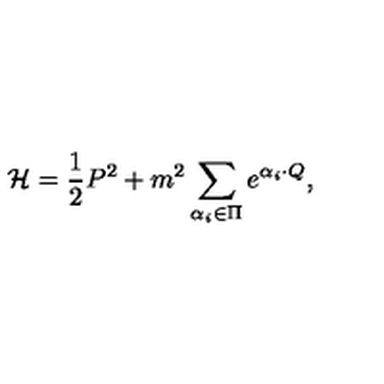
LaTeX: { \cal H } = { \frac { 1 } { 2 } } P ^ { 2 } + m ^ { 2 } \sum _ { \alpha _ { i } \in \Pi } e ^ { \alpha _ { i } \cdot Q } ,